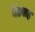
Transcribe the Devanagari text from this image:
बेडसह